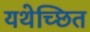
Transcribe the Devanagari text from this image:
यथेच्छित